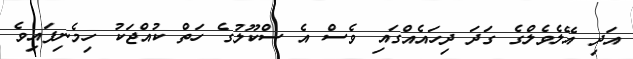
އަދި އޭލެވެލްގެ ގަދަ ދިހައެއްގައި ވެސް އެ ސްކޫލުގެ ހަތް ކުއްޖަކު ހިމެނިފައިވެ